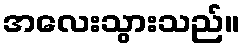
အလေးသွားသည်။